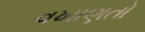
વખાણતો